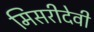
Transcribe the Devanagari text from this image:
मिसरीदेवी